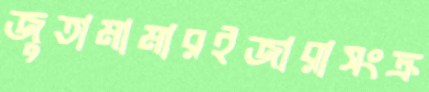
জুতামামারইজারাসংক্র